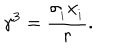
\gamma ^ { 3 } = \frac { \sigma _ { _ { i } } x _ { _ { i } } } { r } .